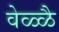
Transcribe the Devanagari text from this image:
वेळ्ळै